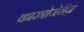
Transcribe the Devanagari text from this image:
कास्त्रोजेरीज़